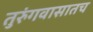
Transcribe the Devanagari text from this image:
तुरुंगवासातच